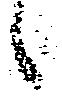
候